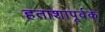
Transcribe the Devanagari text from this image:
हताशापूर्वक